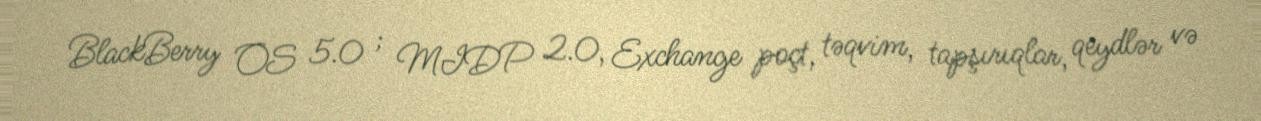
BlackBerry OS 5.0 ; MIDP 2.0, Exchange poçt, təqvim, tapşırıqlar, qeydlər və